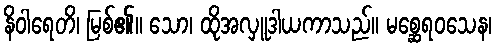
နိဝါရေတိ၊ မြစ်၏။ သော၊ ထိုအလှူဒါယကာသည်။ မစ္ဆေရဝသေန၊